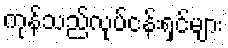
ကုန်သည်လုပ်ငန်းရှင်များ